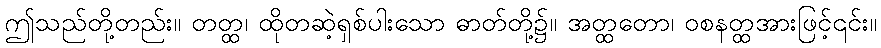
ဤသည်တို့တည်း။ တတ္ထ၊ ထိုတဆဲ့ရှစ်ပါးသော ဓာတ်တို့၌။ အတ္ထတော၊ ဝစနတ္ထအားဖြင့်၎င်း။